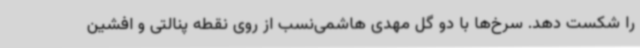
را شکست دهد. سرخ‌ها با دو گل مهدی هاشمی‌نسب از روی نقطه پنالتی و افشین